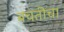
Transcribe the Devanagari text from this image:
बचतीचा